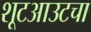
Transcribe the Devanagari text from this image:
शूटआउटचा